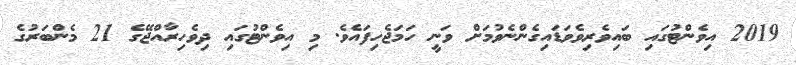
2019 އިވެންޓުގައި ބައިވެރިވެވަޑައިގެންނެވުމަށް ވަނީ ހަމަޖެހިފައެވެ. މި އިވެންޓުގައި ދިވެހިރާއްޖޭގެ 21 މެންބަރުގެ